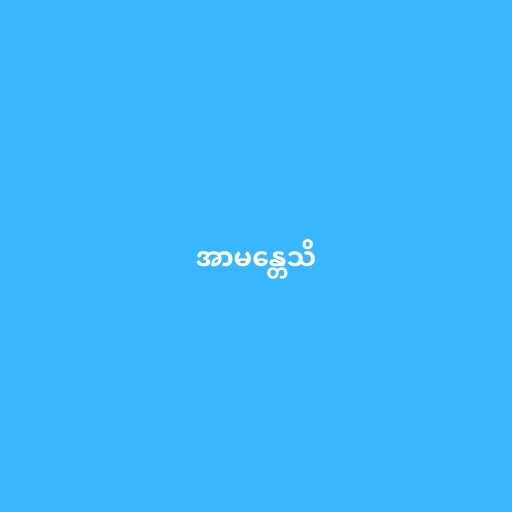
အာမန္တေသိ